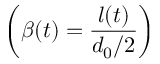
\left( \beta ( t ) = \frac { l ( t ) } { d _ { 0 } / 2 } \right)